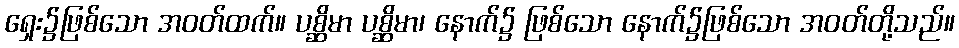
ရှေး၌ဖြစ်သော အဝတ်ထက်။ ပစ္ဆိမာ ပစ္ဆိမာ၊ နောက်၌ ဖြစ်သော နောက်၌ဖြစ်သော အဝတ်တို့သည်။